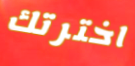
اخترتك